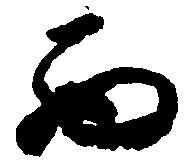
西